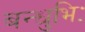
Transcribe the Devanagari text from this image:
बन्धुभिः